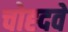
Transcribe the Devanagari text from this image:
चोह्दवें